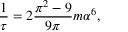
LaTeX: { \frac { 1 } { \tau } } = 2 { \frac { \pi ^ { 2 } - 9 } { 9 \pi } } m \alpha ^ { 6 } ,